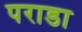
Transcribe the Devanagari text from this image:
पराडा